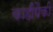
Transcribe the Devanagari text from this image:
काहींपैकी